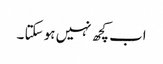
اب کچھ نہیں ہو سکتا ۔